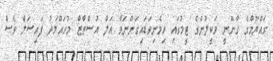
ގައްޔޫމްގެ ގާނޫނީ ވަކީލުންގެ ޓީމުގައި ހިމެނިވަޑައިގަންނަވާ އަލް އުސްތާޒް މުހައްމަދު ފައިސަލް ވެސް